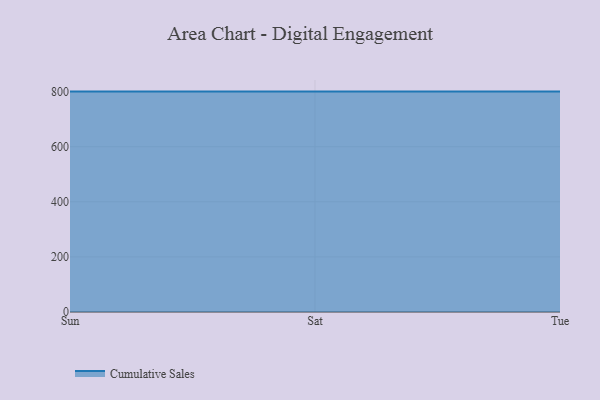
{"axis": {"x": "Day", "y": "Bounce Rate (%)"}, "legend": ["Cumulative Sales"], "data": [{"x": "Sun", "y": 800, "type": "Cumulative Sales"}, {"x": "Sat", "y": 800, "type": "Cumulative Sales"}, {"x": "Tue", "y": 800, "type": "Cumulative Sales"}]}